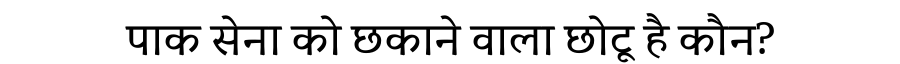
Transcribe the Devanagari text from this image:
पाक सेना को छकाने वाला छोटू है कौन?